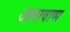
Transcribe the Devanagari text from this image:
जलावाष्प